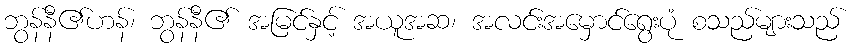
ဘွန်နီ၏ဟန်၊ ဘွန်နီ၏ အမြင်နှင့် အယူအဆ၊ အလင်းအမှောင်ရွေးပုံ စသည်များသည်